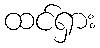
ထင်ရှား